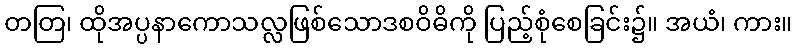
တတြ၊ ထိုအပ္ပနာကောသလ္လဖြစ်သောဒစဝိဓိကို ပြည့်စုံစေခြင်း၌။ အယံ၊ ကား။